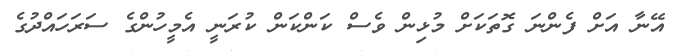
އޭނާ އަށް ފެންނަ ގޮތަކަށް މުޅިން ވެސް ކަންކަން ކުރަނީ އެމީހުންގެ ސަރަހައްދުގެ